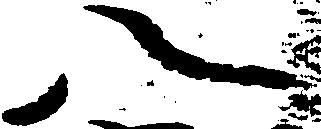
八